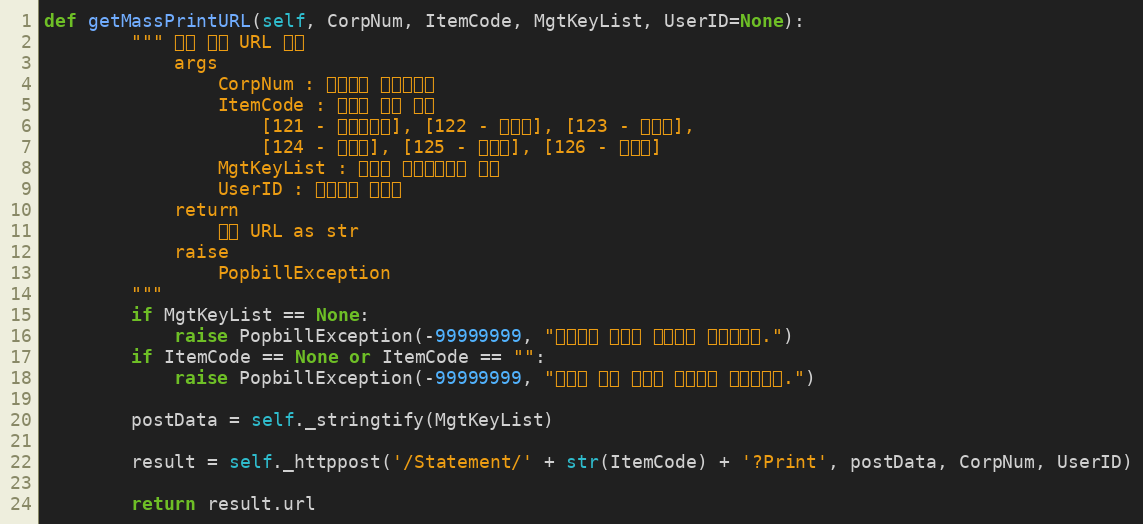
Language: Python
def getMassPrintURL(self, CorpNum, ItemCode, MgtKeyList, UserID=None):
        """ 다량 인쇄 URL 확인
            args
                CorpNum : 팝빌회원 사업자번호
                ItemCode : 명세서 종류 코드
                    [121 - 거래명세서], [122 - 청구서], [123 - 견적서],
                    [124 - 발주서], [125 - 입금표], [126 - 영수증]
                MgtKeyList : 파트너 문서관리번호 목록
                UserID : 팝빌회원 아이디
            return
                팝빌 URL as str
            raise
                PopbillException
        """
        if MgtKeyList == None:
            raise PopbillException(-99999999, "관리번호 배열이 입력되지 않았습니다.")
        if ItemCode == None or ItemCode == "":
            raise PopbillException(-99999999, "명세서 종류 코드가 입력되지 않았습니다.")

        postData = self._stringtify(MgtKeyList)

        result = self._httppost('/Statement/' + str(ItemCode) + '?Print', postData, CorpNum, UserID)

        return result.url